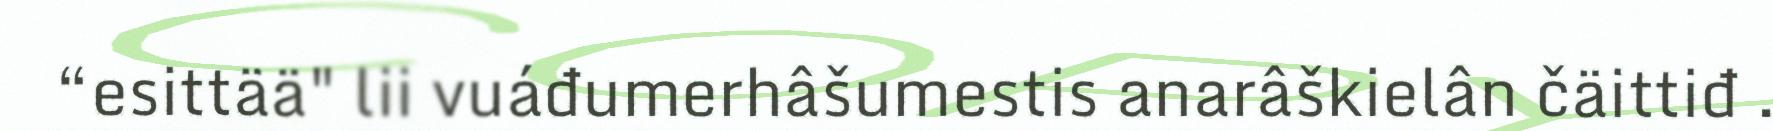
“esittää" lii vuáđumerhâšumestis anarâškielân čäittiđ .